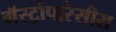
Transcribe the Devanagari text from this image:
गॅस्ट्रोपारेसीस